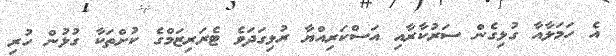
އެ ހަމަލާއާ ގުޅިގެން ސަރުކާރާއި އަސްކަރިއްޔާ ރުޅިގަދަވެ ޓެރަރިޒަމްގެ ކުށްތަކާ ގުޅުން ހުރި